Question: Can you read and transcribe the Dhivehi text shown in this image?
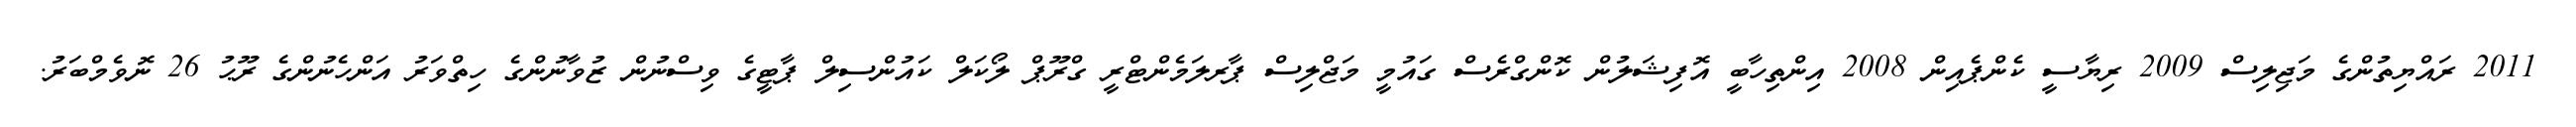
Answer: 2011 ރައްޔިތުންގެ މަޖިލިސް 2009 ރިޔާސީ ކެންޕެއިން 2008 އިންތިހާބީ އޮފިޝަލުން ކޮންގްރެސް ގައުމީ މަޖްލިސް ޕާރލަމެންޓްރީ ގްރޫޕް ލޯކަލް ކައުންސިލް ޕާޓީގެ ވިސްނުން ޒުވާނުންގެ ހިތްވަރު އަންހެނުންގެ ރޫޙު 26 ނޮވެމްބަރު.